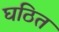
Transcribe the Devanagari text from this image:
घठित